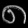
Digit: ၈